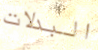
البدلات